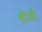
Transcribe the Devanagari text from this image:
श्रीची